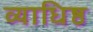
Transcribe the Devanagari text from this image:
व्याधिष्ठ